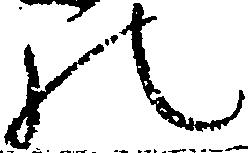
の